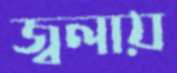
জ্বলায়